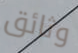
وثائق